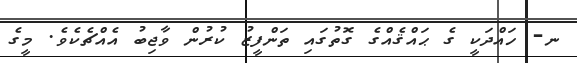
ނ- ހައްދަކީ ގެ ޙައްޤެއްގެ ގޮތުގައި ތަންފީޒު ކުރުން ވާޖިބު އެއްޗެކެވެ. މީގެ